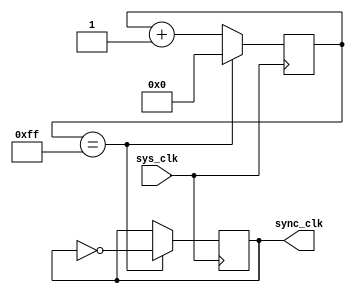
module timing_control_and_sync (
    input wire sys_clk,
    output reg sync_clk
);

reg [7:0] count;

always @(posedge sys_clk) begin
    if (count == 8'hFF) begin
        sync_clk <= ~sync_clk;
        count <= 0;
    end else begin
        count <= count + 1;
    end
end

endmodule